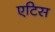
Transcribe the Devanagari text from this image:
एटिस